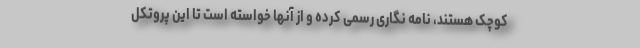
کوچک هستند، نامه نگاری رسمی کرده و از آنها خواسته است تا این پروتکل